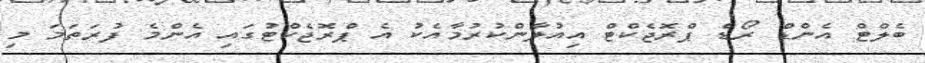
ބެލްޓް އެންޑް ރޯޑް ޕްރޮޖެކްޓް އިއުލާންކުރުމާއެކު އެ ޕްރޮޖެކްޓުގައި އެންމެ ފުރަތަމަ މި